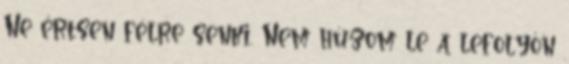
Ne értsen félre senki. Nem húzom le a lefolyón